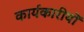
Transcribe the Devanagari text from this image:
कार्यकारीयों